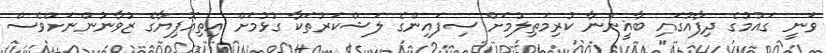
ވަނީ ގައުމުގެ ދިފާއުގައި ބާޣީންނާ ކުރިމަތިލުމަށް ސިފައިންގެ ލަޝްކަރުތަކާ ގުޅުމަށް އިތިއޮޕިޔާގެ ޒުވާނުންނަށްވެސް